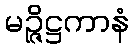
မဉ္ဇိဋ္ဌကာနံ